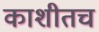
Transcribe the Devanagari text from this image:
काशीतच